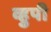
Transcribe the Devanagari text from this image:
व्हुपी